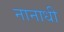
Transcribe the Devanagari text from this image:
नानाधी